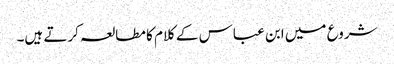
شروع میں ابن عباس کے کلام کا مطالعہ کرتے ہیں۔